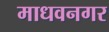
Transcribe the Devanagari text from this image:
माधवनगर